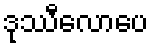
ဒုဿီလောပေ